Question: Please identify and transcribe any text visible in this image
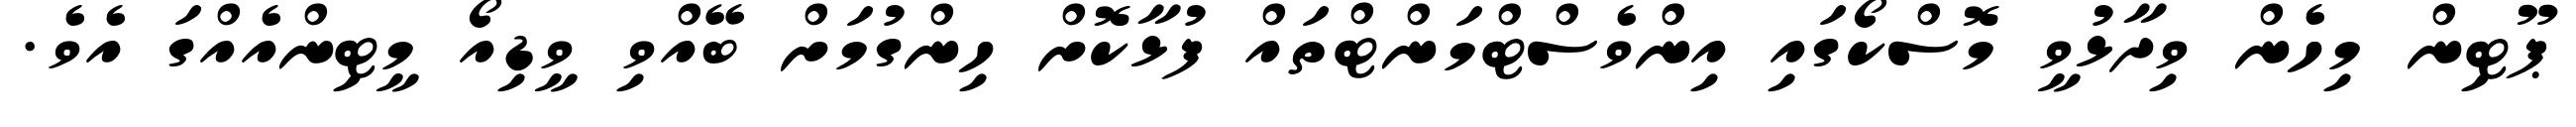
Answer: ޕޫޓިން މިހެން ވިދާޅުވީ މޮސްކޯގައި އިންވެސްޓްމަންޓްތައް ފުޅާކޮށް ހިންގުމަށް ބޭއްވި ވީޑިއޯ މީޓިންއެއްގަ އެވެ.